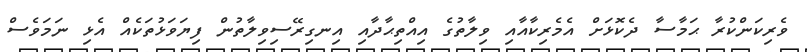
ވެރިކަންކުރާ ޙަމާސާ ދެކޮޅަށް އެމެރިކާއާއި ވިލާތުގެ އިއްތިޙާދާއި އިނގިރޭސިވިލާތުން ފިޔަވަޅުތަކެއް އެޅި ނަމަވެސް